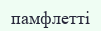
памфлетті